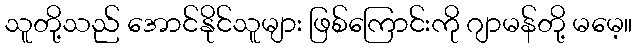
သူတို့သည် အောင်နိုင်သူများ ဖြစ်ကြောင်းကို ဂျာမန်တို့ မမေ့။